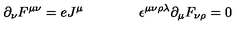
\partial _ { \nu } F ^ { \mu \nu } = e J ^ { \mu } \qquad \qquad \epsilon ^ { \mu \nu \rho \lambda } \partial _ { \mu } F _ { \nu \rho } = 0